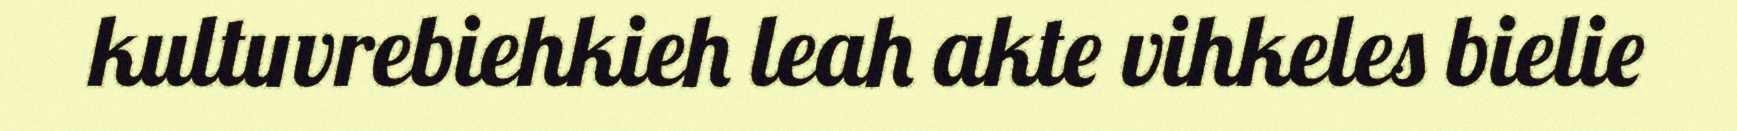
kultuvrebiehkieh leah akte vihkeles bielie